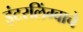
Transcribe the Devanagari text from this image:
इंटरलिंग्वाचे